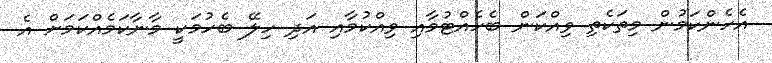
އެހެންކަމުން މިތަކެތި ވިއްކަން ބެހެއްޓުމާއި ވިއްކުމާއި އަދި ހިލޭ ބެހުމަކީ މާނާކަމެއްކަަމަށް އެ